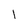
Character: l